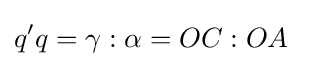
q'q=\gamma :\alpha =OC:OA~